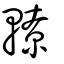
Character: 轑